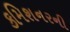
કમિશનરની